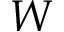
W